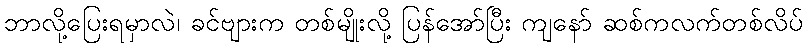
ဘာလို့ပြေးရမှာလဲ၊ ခင်ဗျားက တစ်မျိုးလို့ ပြန်အော်ပြီး ကျနော် ဆစ်ကလက်တစ်လိပ်